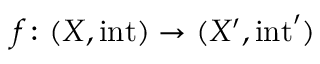
f \colon ( X , \operatorname { i n t } ) \to ( X ^ { \prime } , \operatorname { i n t } ^ { \prime } )